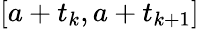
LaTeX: [a+t_{k},a+t_{k+1}]